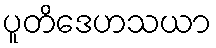
ပူတိဒေဟသယာ